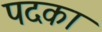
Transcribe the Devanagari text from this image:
पदका